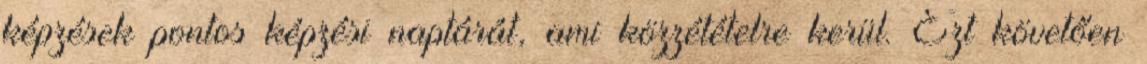
képzések pontos képzési naptárát, ami közzétételre kerül. Ezt követően